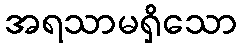
အရသာမရှိသော